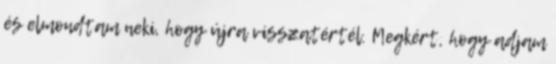
és elmondtam neki, hogy újra visszatértél. Megkért, hogy adjam